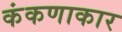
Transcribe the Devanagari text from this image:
कंकणाकार